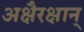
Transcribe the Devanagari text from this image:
अक्षैरक्षान्